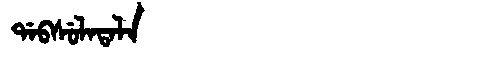
Manchu: ᡩᠠᠪᠰᡠᠯᠠᡨᠠᠯᠠ
Romanization: DABSULATALA